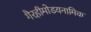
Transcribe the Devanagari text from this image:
गैरहीमोडयनामिक